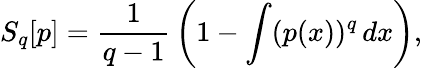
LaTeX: S_{q}[p]={\frac{1}{q-1}}\left(1-\int(p(x))^{q}\, dx\right),